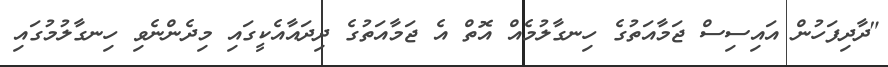
"ދާދިފަހުން އައިސިސް ޖަމާއަތުގެ ހިނގާލުމެއް އޮތް އެ ޖަމާއަތުގެ ދިދައާއެކީގައި މިދެންނެވި ހިނގާލުމުގައި